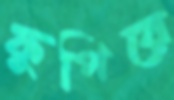
ফুপিয়ে